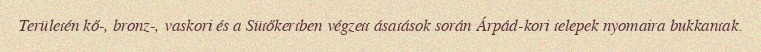
Területén kő-, bronz-, vaskori és a Sütőkertben végzett ásatások során Árpád-kori telepek nyomaira bukkantak.